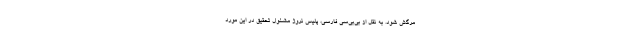
مرگش شود. به نقل از بی‌بی‌سی فارسی، پلیس نروژ مشغول تحقیق در این مورد